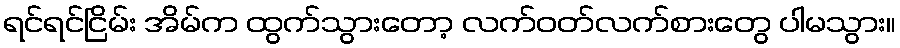
ရင်ရင်ငြိမ်း အိမ်က ထွက်သွားတော့ လက်ဝတ်လက်စားတွေ ပါမသွား။